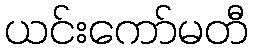
ယင်းကော်မတီ